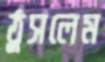
ঠুসলেম